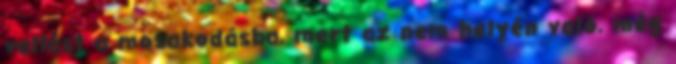
vallást a mosakodásba, mert az nem helyén való, még